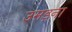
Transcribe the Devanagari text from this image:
उमड़ना